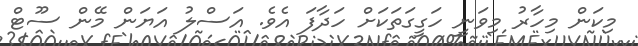
މިކަން މިހާރު މިވަނީ ހަގީގަތަކަށް ހަދާފަ އެވެ. އަސްލު އަޔަން މޭން ސޫޓް